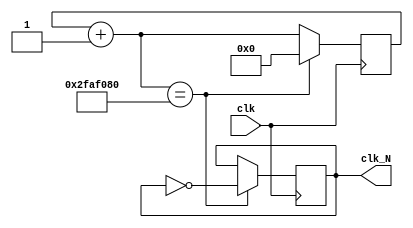
module divider(clk, clk_N);
  input clk;                          // 
  output reg clk_N;                   // 
  reg [31:0] counter;
  /* 
   0(N/2-1)
    */
   parameter N = 500_000_00;
  initial begin
    counter = 0;
    clk_N = 0;
  end
  always @(posedge clk)  begin    // 
    counter = counter + 1;
    if (counter == N) begin
      clk_N   <= ~clk_N;
      counter <= 0;
    end
    else begin
      clk_N = clk_N;
    end
  end
endmodule